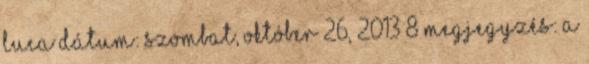
Luca dátum: szombat, október 26, 2013 8 megjegyzés: A